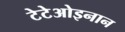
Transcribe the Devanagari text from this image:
टेटेओइनान